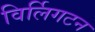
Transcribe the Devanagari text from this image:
विर्लिगटन